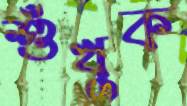
শুঁখুক